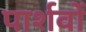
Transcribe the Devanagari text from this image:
पार्शवों